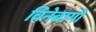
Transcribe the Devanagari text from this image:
विनेबागो